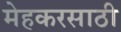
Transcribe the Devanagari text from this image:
मेहकरसाठी